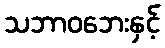
သဘာဝဘေးနှင့်